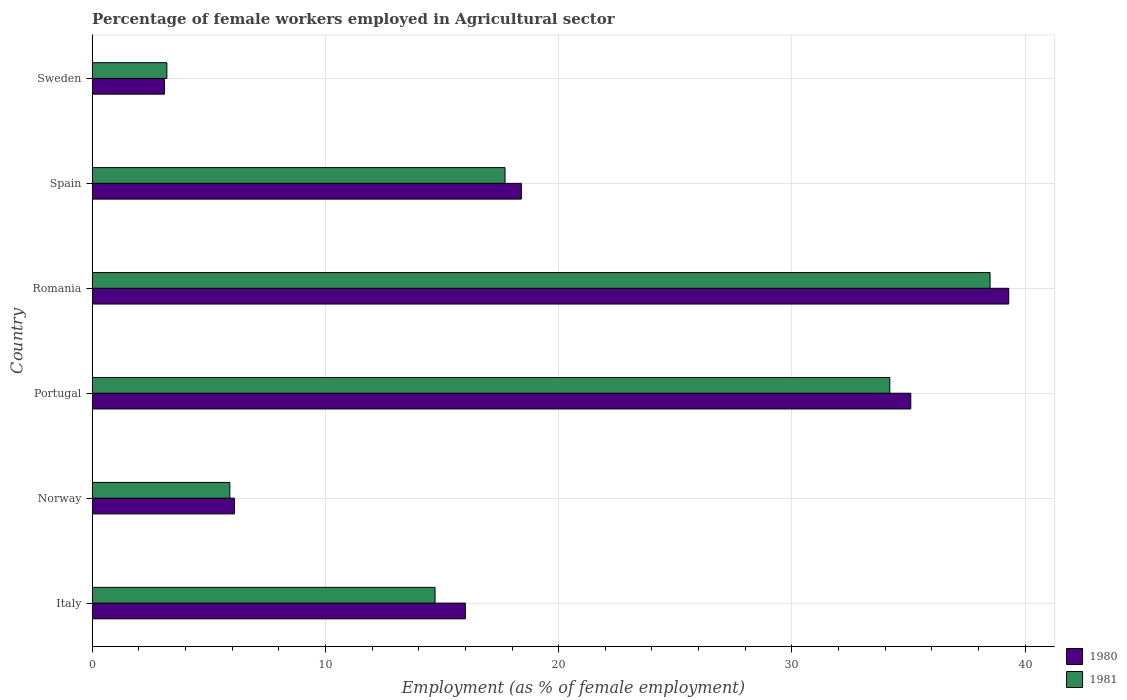
| Country | 1980 | 1981 |
 | --- | --- | --- |
 | Italy | 16 | 14.7 |
 | Norway | 6.1 | 5.9 |
 | Portugal | 35.1 | 34.2 |
 | Romania | 39.3 | 38.5 |
 | Spain | 18.4 | 17.7 |
 | Sweden | 3.1 | 3.2 |